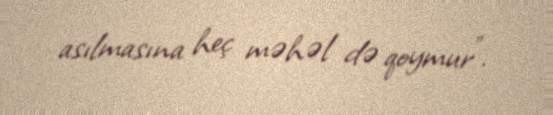
asılmasına heç məhəl də qoymur”.